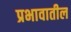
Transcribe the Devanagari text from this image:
प्रभावातील